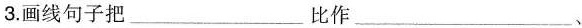
3.画线句子把___比作___、